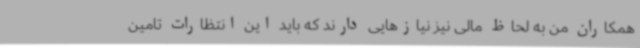
همکاران من به لحاظ مالی نیز نیازهایی دارند که باید این انتظارات تامین